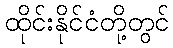
ထိုင်းနိုင်ငံတို့တွင်